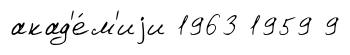
акад'е́м'иjи 1963 1959 9